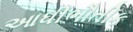
આધીભૌતીક